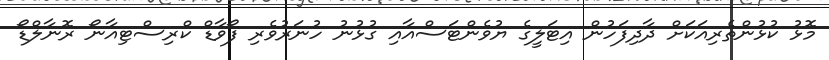
މޮޅު ކުޅުންތެރިއަކަށް ދާދިފަހުން އިޓަލީގެ ޔުވެންޓަސްއާއި ގުޅުނު ހުނަރުވެރި ފޯވާޑް ކްރިސްޓިއާނޯ ރޮނާލްޑޯ